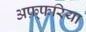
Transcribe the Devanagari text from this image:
अफ़्फरिया